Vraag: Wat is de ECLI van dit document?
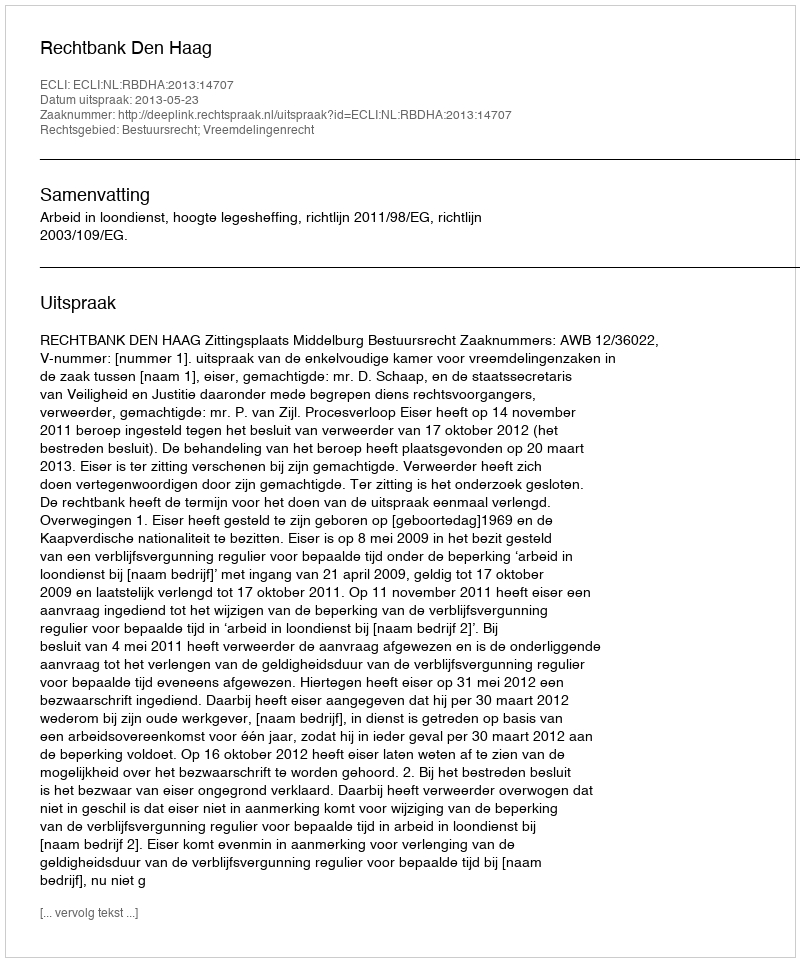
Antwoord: ECLI:NL:RBDHA:2013:14707